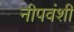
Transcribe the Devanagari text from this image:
नीपवंशी